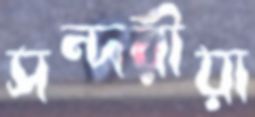
সন্দরীয়া